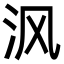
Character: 沨